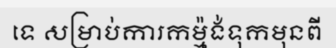
ទេ សម្រាប់ការកម្ម៉ង់ទុកមុនពី